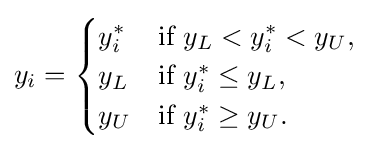
y_{i}={\begin{cases}y_{i}^{*}&{\text{if }}y_{L}<y_{i}^{*}<y_{U},\\y_{L}&{\text{if }}y_{i}^{*}\leq y_{L},\\y_{U}&{\text{if }}y_{i}^{*}\geq y_{U}.\end{cases}}